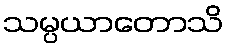
သမ္ပယာတောသိ